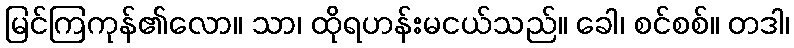
မြင်ကြကုန်၏လော။ သာ၊ ထိုရဟန်းမငယ်သည်။ ခေါ၊ စင်စစ်။ တဒါ၊